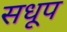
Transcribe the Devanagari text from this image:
सधूप